Rangoon Lunatic Asylum 1878-1892 - 1878-1892
Year: 1878
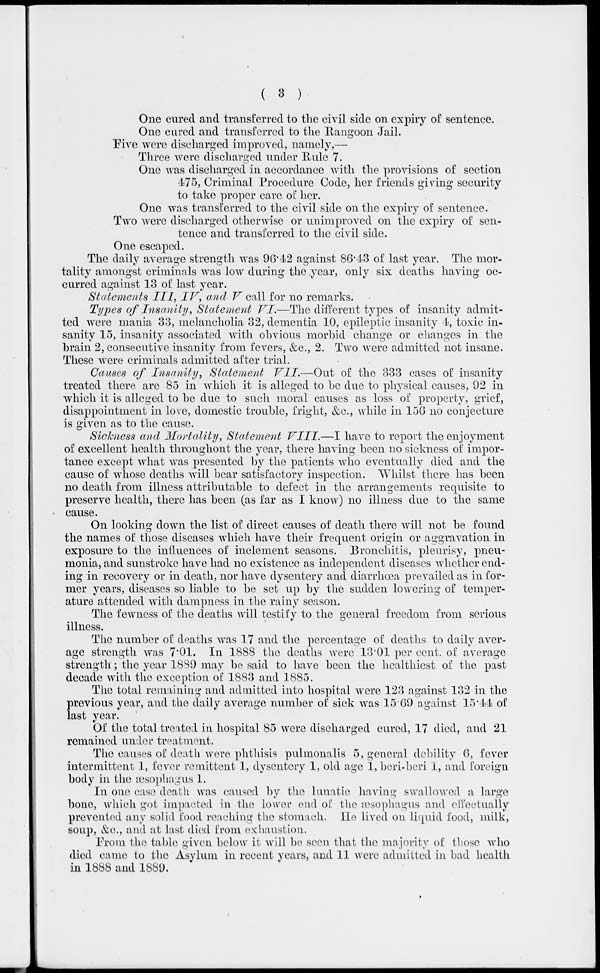
( 3 )
One cured and transferred to the civil side on expiry of sentence.
One cured and transferred to the Rangoon Jail.
Five were discharged improved, namely,—
Three were discharged under Rule 7.
One was discharged in accordance with the provisions of section
475, Criminal Procedure Code, her friends giving security
to take proper care of her.
One was transferred to the civil side on the expiry of sentence.
Two were discharged otherwise or unimproved on the expiry of sen-
tence and transferred to the civil side.
One escaped.
The daily average strength was 96.42 against 86.43 of last year. The mor-
tality amongst criminals was low during the year, only six deaths having oc-
curred against 13 of last year.
Statements III, IV, and V call for no remarks.
Types of Insanity, Statement VI.—The different types of insanity admit-
ted were mania 33, melancholia 32, dementia 10, epileptic insanity 4, toxic in-
sanity 15, insanity associated with obvious morbid change or changes in the
brain 2, consecutive insanity from fevers, &c., 2. Two were admitted not insane.
These were criminals admitted after trial.
Causes of Insanity, Statement
VII.—Out
of the 333 cases of insanity
treated there are 85 in which it is alleged to be due to physical causes, 92 in
which it is alleged to be due to such moral causes as loss of property, grief,
disappointment in love, domestic trouble, fright, &c., while in 156 no conjecture
is given as to the cause.
Sickness and Mortality, Statement VIII.—I
have to report the enjoyment
of excellent health throughout the year, there having been no sickness of impor-
tance except what was presented by the patients who eventually died and the
cause of whose deaths will bear satisfactory inspection. Whilst there has been
no death from illness attributable to defect in the arrangements requisite to
preserve health, there has been (as far as I know) no illness due to the same
cause.
On looking down the list of direct causes of death there will not be found
the names of those diseases which have their frequent origin or aggravation in
exposure to the influences of inclement seasons. Bronchitis, pleurisy, pneu-
monia, and sunstroke have had no existence as independent diseases whether end-
ing in recovery or in death, nor have dysentery and diarrhœa prevailed as in for-
mer years, diseases so liable to be set up by the sudden lowering of temper-
ature attended with dampness in the rainy season.
The fewness of the deaths will testify to the general freedom from serious
illness.
The number of deaths was 17 and the percentage of deaths to daily aver-
age strength was 7.01. In 1888 the deaths were 13.01 per cent. of average
strength; the year 1889 may be said to have been the healthiest of the past
decade with the exception of 1883 and 1885.
The total remaining and admitted into hospital were 123 against 132 in the
previous year, and the daily average number of sick was 15.69 against 15.44 of
last year.
Of the total treated in hospital 85 were discharged cured, 17 died, and 21
remained under treatment.
The causes of death were phthisis pulmonalis 5, general debility 6, fever
intermittent 1, fever remittent 1, dysentery 1, old age 1, beri-beri 1, and foreign
body in the æsophagus 1.
In one case death was caused by the lunatic having swallowed a large
bone, which got impacted in the lower end of the æsophagus and effectually
prevented any solid food reaching the stomach. He lived on liquid food, milk,
soup, &c, and at last died from exhaustion.
From the table given below it will be seen that the majority of those who
died came to the Asylum in recent years, and 11 were admitted in bad health
in 1888 and 1889.